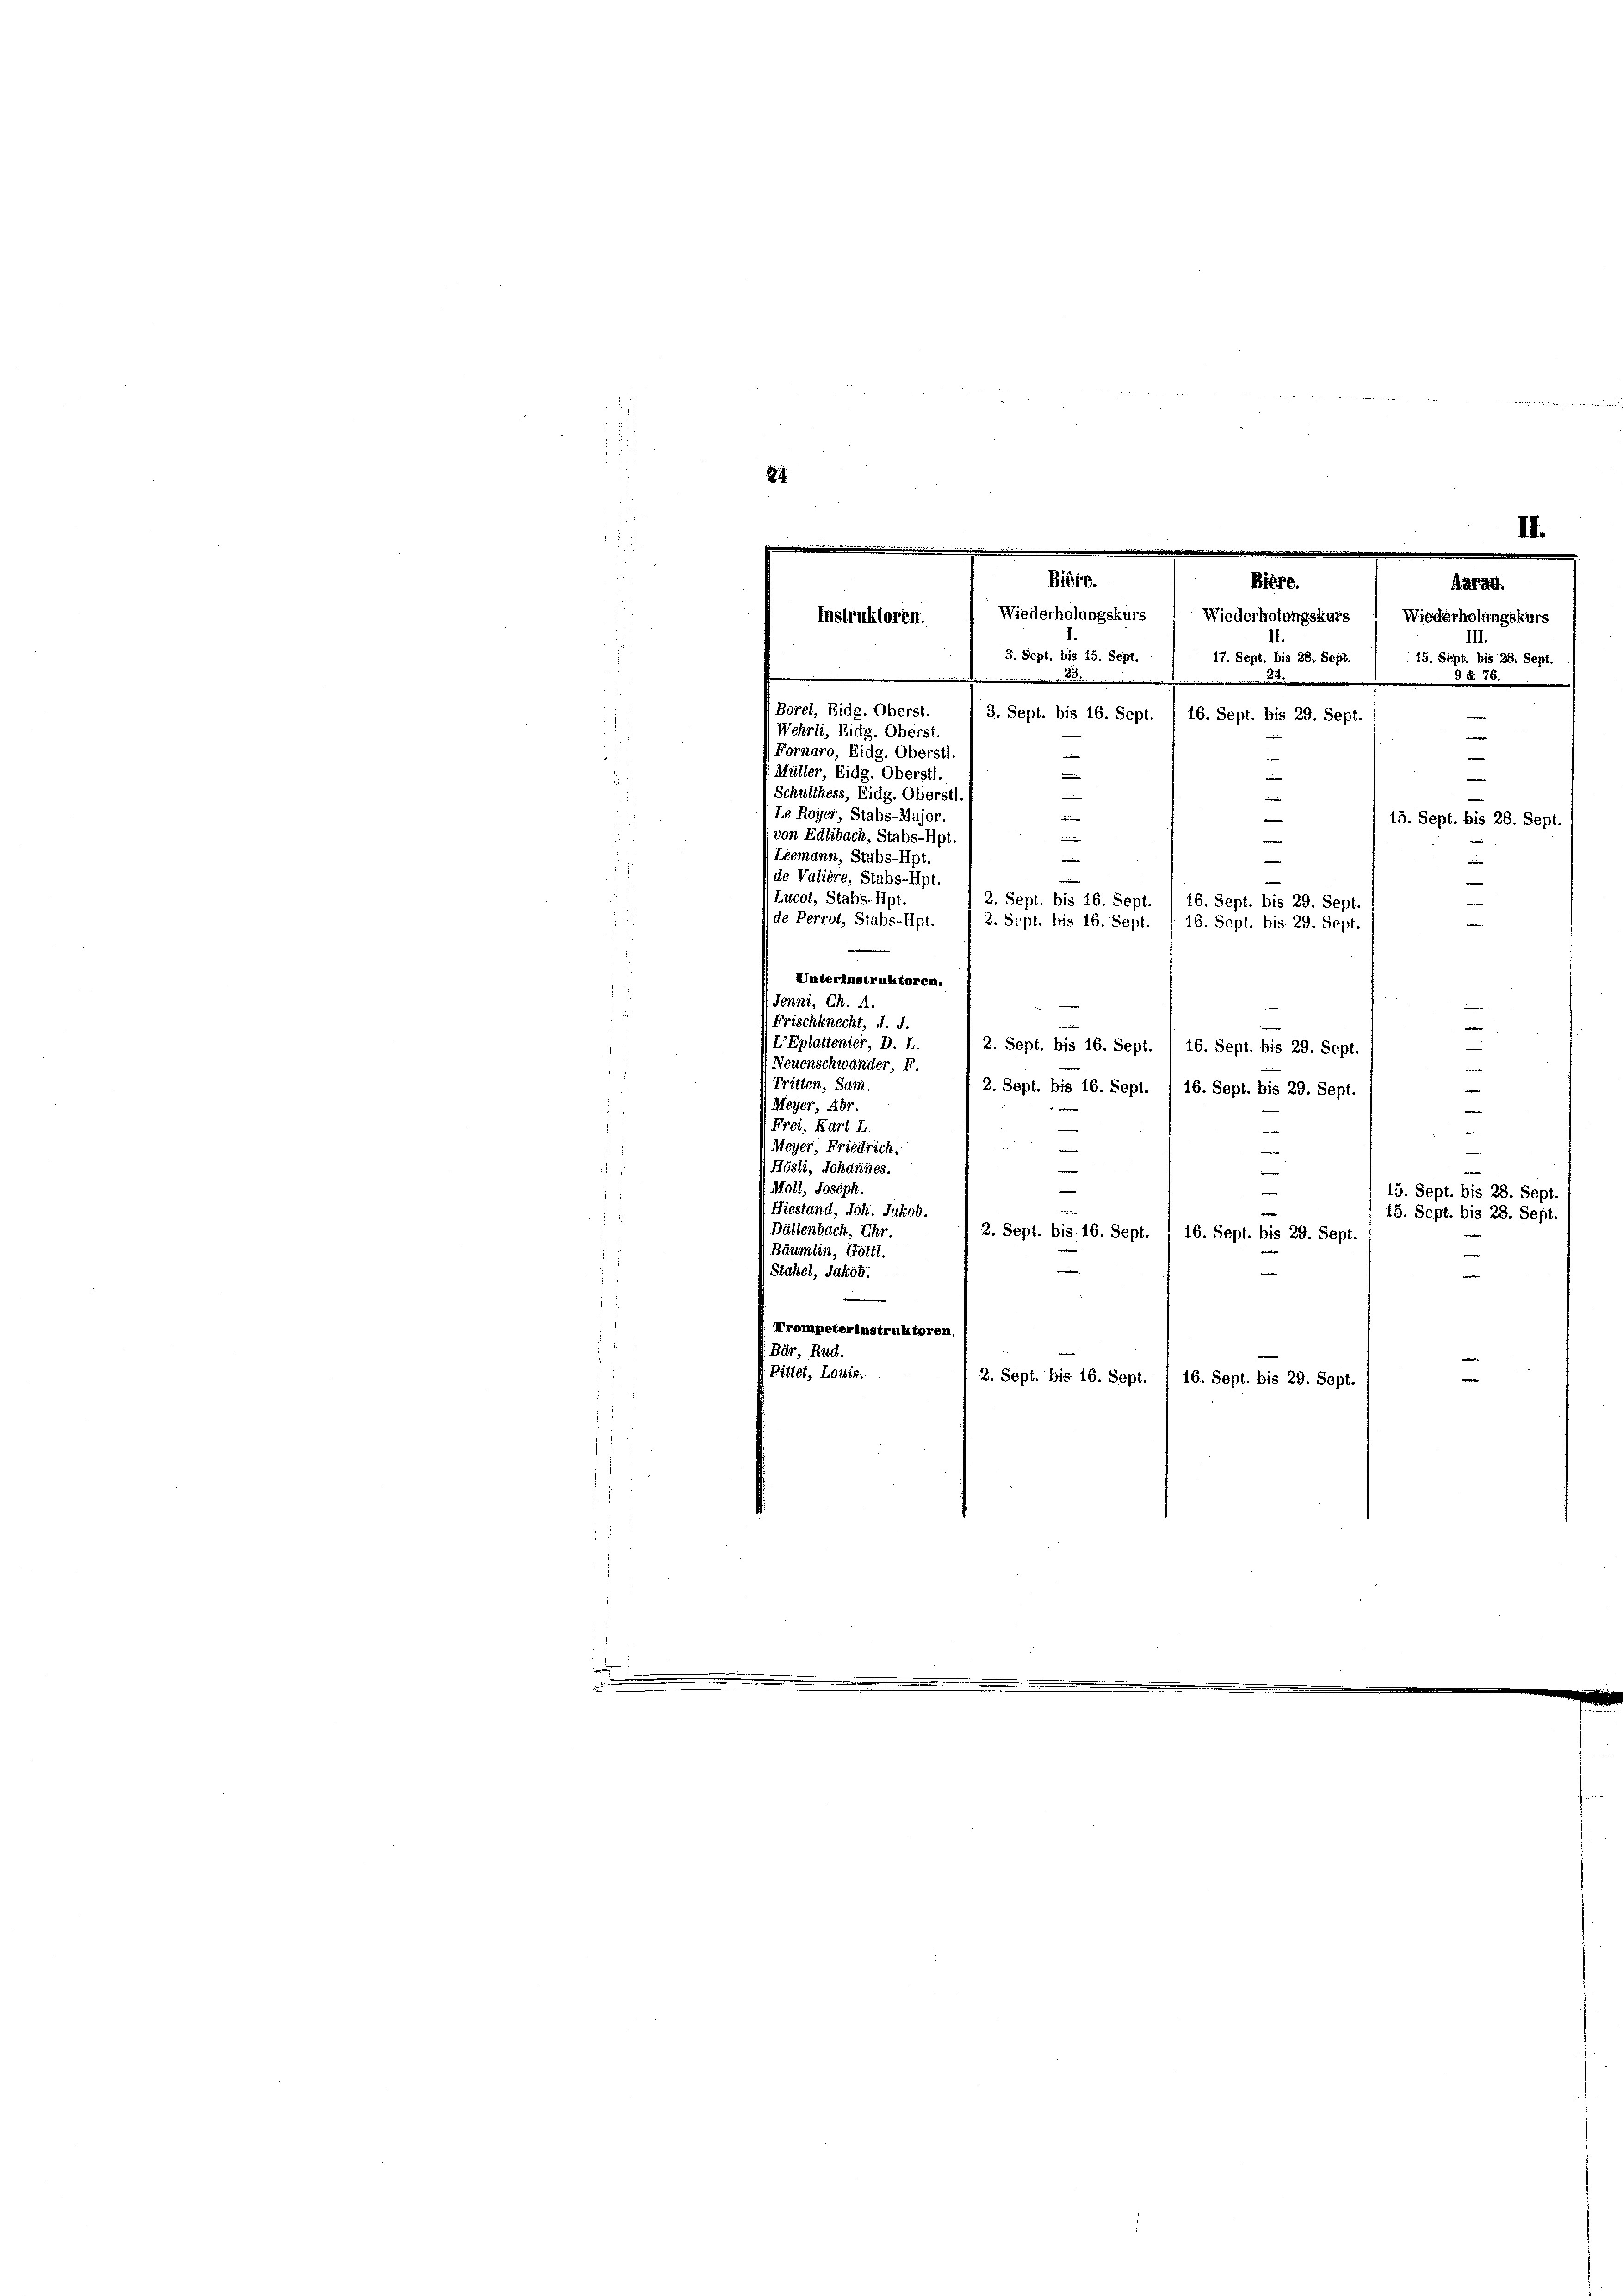
84
e

3. Sept. bis 15. Sept.
17. Sept. bis 28. Sept.
15. Sept. bis 28. Sept.
.
.
3 No 76.
.

Borel, Eidg. Oberst.
3. Sept. bis 16. Sept.
16. Sept. bis 29. Sept.
Wehrli, Eidg. Oberst.
i
Fornaro, Eidg. Oberstl

Müller, Eidg. Oberstl.
me
e
Schulthess, Eidg. Oberstl.
e
Le Royer, Stabs-Major.
15. Sept. bis 28. Sept.
von Edlibach, Stabs-Apt
i
(Leemann, Stäbs-Hpt.
w
de Valière, Stabs-Ipt.
Lucot, Stabs-Hpt.
2. Sept. bis 16. Sept. / 16. Sept. bis 29. Sept.
d
de Perrot, Stabs-Hpt.
2. Sept. bis 16. Sept. / 16. Sept. bis 29. Sept.
Unterinstruktorem.
Jenni, Ch. 4.
Frischknecht, J. J.
e
e
L’Eplattenier, D. L. / 2. Sept. bis 16. Sept. 1 16. Sept. bis 29. Sept.
Neuenschwander, F.
2
Tritten, Sam.
e
2. Sept. bis 16. Sept. 1 16. Sept. bis 29. Sept.
Meyer, Abr.
e
 Frei, Karl I.
Meyer, Friedrich:
 Hösli, Johannes.
i
-
 Moll, Joseph.
15. Sept. bis 28. Sept
Hiestand, Joh. Jakob.
15. Sept. bis 28. Sept.
Dällenbach, Ehr.
2. Sept. bis 16. Sept.
16. Sept. bis 29. Sept.
Bäumlin, Gottl.
e
Stahel, Jakob.
e
Mrompeterinstruktoren
Bär, Rud.
Pittet, Louis.
2. Sept. bis 16. Sept. / 16. Sept. bis 29. Sept
m

u

II.
Biefe.
Biere.
Aa
Wiederholungskurs ( Wiederholungshars! Wiederholungskurs
Instruktoren.
11.
III

¬

weise denn schricht eine er sehenen der nach einer 1890.